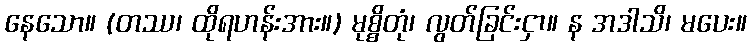
နေသော။ (တဿ၊ ထိုရဟန်းအား။) မုစ္စိတုံ၊ လွတ်ခြင်းငှာ။ န အဒါသိ၊ မပေး။